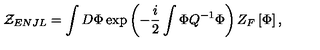
{ \cal Z } _ { E N J L } = \int D \Phi \exp \left( - { \frac { i } { 2 } } \int \Phi Q ^ { - 1 } \Phi \right) Z _ { F } \left[ \Phi \right] ,